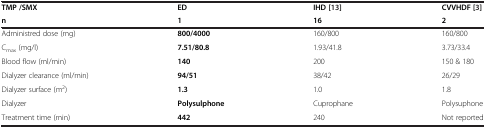
<table><thead><tr><td><b>TMP /SMX</b></td><td><b>ED</b></td><td><b>IHD [[13]]</b></td><td><b>CVVHDF [[3]]</b></td></tr><tr><td><b>n</b></td><td><b>1</b></td><td><b>16</b></td><td><b>2</b></td></tr></thead><tbody><tr><td>Administred dose (mg)</td><td><b>800/4000</b></td><td>160/800</td><td>160/800</td></tr><tr><td>C<sub>max</sub> (mg/l)</td><td><b>7.51/80.8</b></td><td>1.93/41.8</td><td>3.73/33.4</td></tr><tr><td>Blood flow (ml/min)</td><td><b>140</b></td><td>200</td><td>150 &amp; 180</td></tr><tr><td>Dialyzer clearance (ml/min)</td><td><b>94/51</b></td><td>38/42</td><td>26/29</td></tr><tr><td>Dialyzer surface (m<sup>2</sup>)</td><td><b>1.3</b></td><td>1.0</td><td>1.8</td></tr><tr><td>Dialyzer</td><td><b>Polysulphone</b></td><td>Cuprophane</td><td>Polysuphone</td></tr><tr><td>Treatment time (min)</td><td><b>442</b></td><td>240</td><td>Not reported</td></tr></tbody></table>